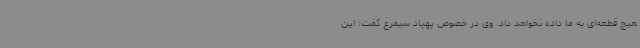
هیچ قطعه‌ای به ما داده نخواهد داد. وی در خصوص پهپاد سیمرغ گفت: این